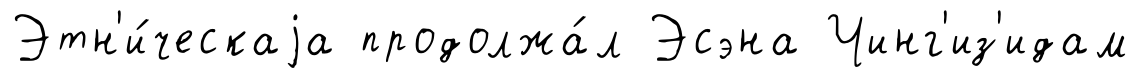
Этн'и́ческаjа продолжа́л Эсэна Чинг'из'идам